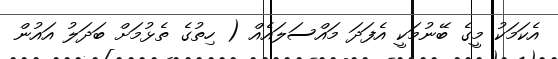
އެކަމަކު މީގެ ބޭނުމަކީ އެފަދަ މައްސަލައެއް ( ހިތުގެ ތެޅުމަށް ބަދަލު އައުން